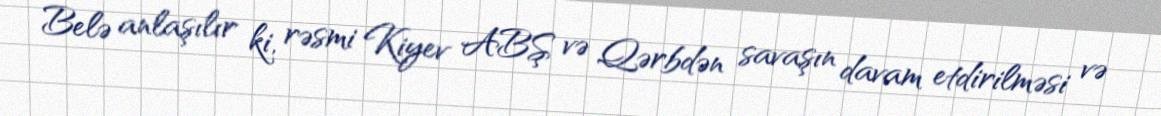
Belə anlaşılır ki, rəsmi Kiyev ABŞ və Qərbdən savaşın davam etdirilməsi və